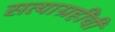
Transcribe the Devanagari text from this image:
सत्याग्रहींची